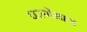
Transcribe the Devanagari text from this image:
परगेमान